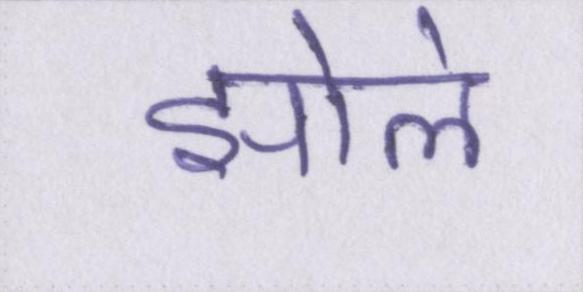
झोले